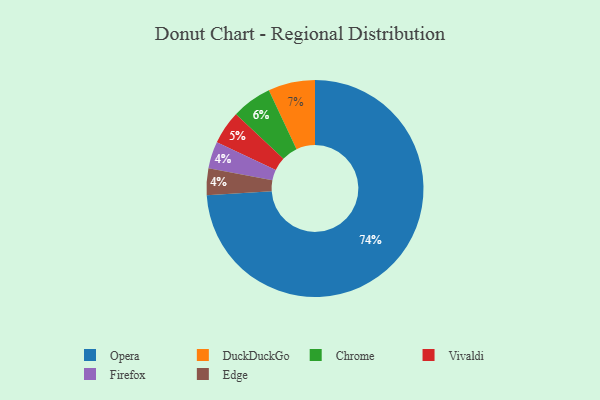
{"axis": {"x": "Category", "y": "Percentage"}, "legend": ["Chrome", "DuckDuckGo", "Edge", "Firefox", "Opera", "Vivaldi"], "data": [{"x": "Firefox", "y": 4, "type": "Firefox"}, {"x": "Vivaldi", "y": 5, "type": "Vivaldi"}, {"x": "Edge", "y": 4, "type": "Edge"}, {"x": "Opera", "y": 74, "type": "Opera"}, {"x": "Chrome", "y": 6, "type": "Chrome"}, {"x": "DuckDuckGo", "y": 7, "type": "DuckDuckGo"}]}